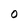
Character: O